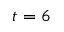
t = 6